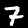
Digit: 7